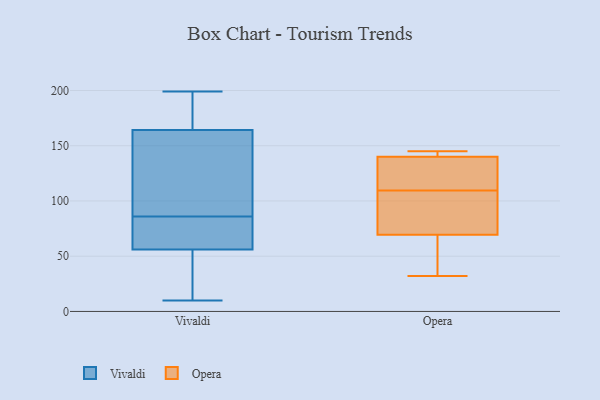
{"axis": {"x": "Inventory Turnover", "y": "Value"}, "legend": ["Opera", "Vivaldi"], "data": [{"x": "", "y": 127, "type": "Vivaldi"}, {"x": "", "y": 165, "type": "Vivaldi"}, {"x": "", "y": 33, "type": "Vivaldi"}, {"x": "", "y": 65, "type": "Vivaldi"}, {"x": "", "y": 60, "type": "Vivaldi"}, {"x": "", "y": 10, "type": "Vivaldi"}, {"x": "", "y": 86, "type": "Vivaldi"}, {"x": "", "y": 197, "type": "Vivaldi"}, {"x": "", "y": 163, "type": "Vivaldi"}, {"x": "", "y": 164, "type": "Vivaldi"}, {"x": "", "y": 44, "type": "Vivaldi"}, {"x": "", "y": 64, "type": "Vivaldi"}, {"x": "", "y": 39, "type": "Vivaldi"}, {"x": "", "y": 106, "type": "Vivaldi"}, {"x": "", "y": 186, "type": "Vivaldi"}, {"x": "", "y": 199, "type": "Vivaldi"}, {"x": "", "y": 61, "type": "Vivaldi"}, {"x": "", "y": 145, "type": "Opera"}, {"x": "", "y": 139, "type": "Opera"}, {"x": "", "y": 117, "type": "Opera"}, {"x": "", "y": 94, "type": "Opera"}, {"x": "", "y": 32, "type": "Opera"}, {"x": "", "y": 42, "type": "Opera"}, {"x": "", "y": 102, "type": "Opera"}, {"x": "", "y": 58, "type": "Opera"}, {"x": "", "y": 143, "type": "Opera"}, {"x": "", "y": 137, "type": "Opera"}, {"x": "", "y": 141, "type": "Opera"}, {"x": "", "y": 81, "type": "Opera"}]}